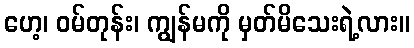
ဟေ့၊ ဝမ်တုန်း၊ ကျွန်မကို မှတ်မိသေးရဲ့လား။